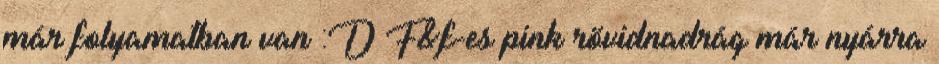
már folyamatban van :D F&f-es pink rövidnadrág már nyárra